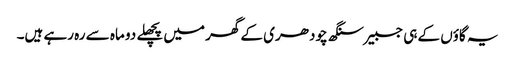
یہ گاؤں کے ہی جسبیر سنگھ چودھری کے گھر میں پچھلے دو ماہ سے رہ رہے ہیں۔